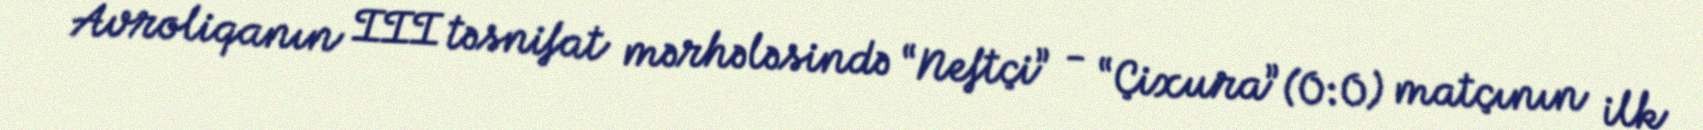
Avroliqanın III təsnifat mərhələsində “Neftçi” - “Çixura” (0:0) matçının ilk